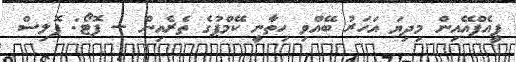
ޕީއެފްއޭއިން މިދިޔަ އަހަރު ބޭއްވި ހިތާނީ ކޭމްޕުގެ ތެރެއިން -- ފޮޓޯ: ޕޮލިސް